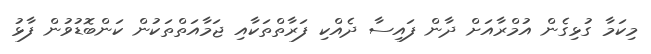
މިކަމާ ގުޅިގެން އުމްރާއަށް ދާން ފައިސާ ދެއްކި ފަރާތްތަކާއި ޖަމާއަތްތަކުން ކަންބޮޑުވުން ފާޅު